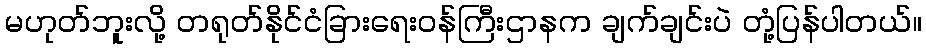
မဟုတ်ဘူးလို့ တရုတ်နိုင်ငံခြားရေးဝန်ကြီးဌာနက ချက်ချင်းပဲ တုံ့ပြန်ပါတယ်။